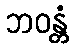
ဘဝန္တံ